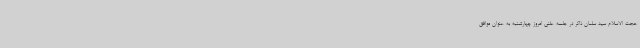
حجت الاسلام سید سلمان ذاکر در جلسه علنی امروز چهارشنبه به عنوان موافق